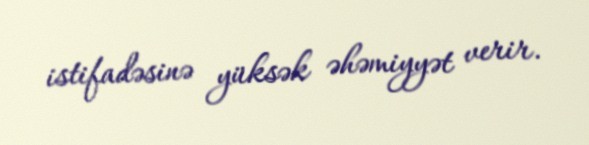
istifadəsinə yüksək əhəmiyyət verir.